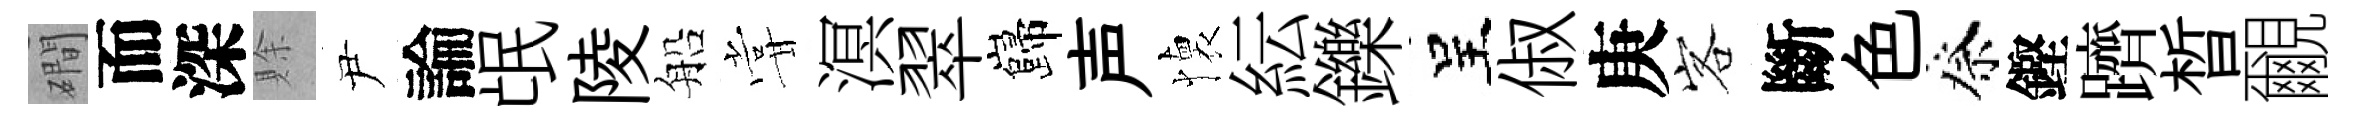
磵而深賖尹論氓陵船甞溟翠巋声懐紜鑠呈俶庚客斷色祭鏗躋晳覼